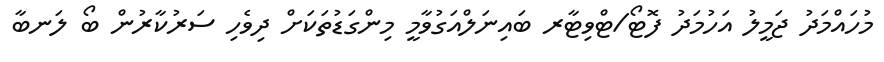
މުހައްމަދު ޖަމީލު އަހުމަދު ފޮޓޯ/ޓްވިޓާރ ބައިނަލްއަގުވާމީ މިންގަޑުތަކަށް ދިވެހި ސަރުކާރުން ބޯ ލަނބާ